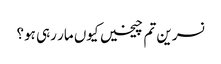
نسرین تم چیخیں کیوں مار رہی ہو؟